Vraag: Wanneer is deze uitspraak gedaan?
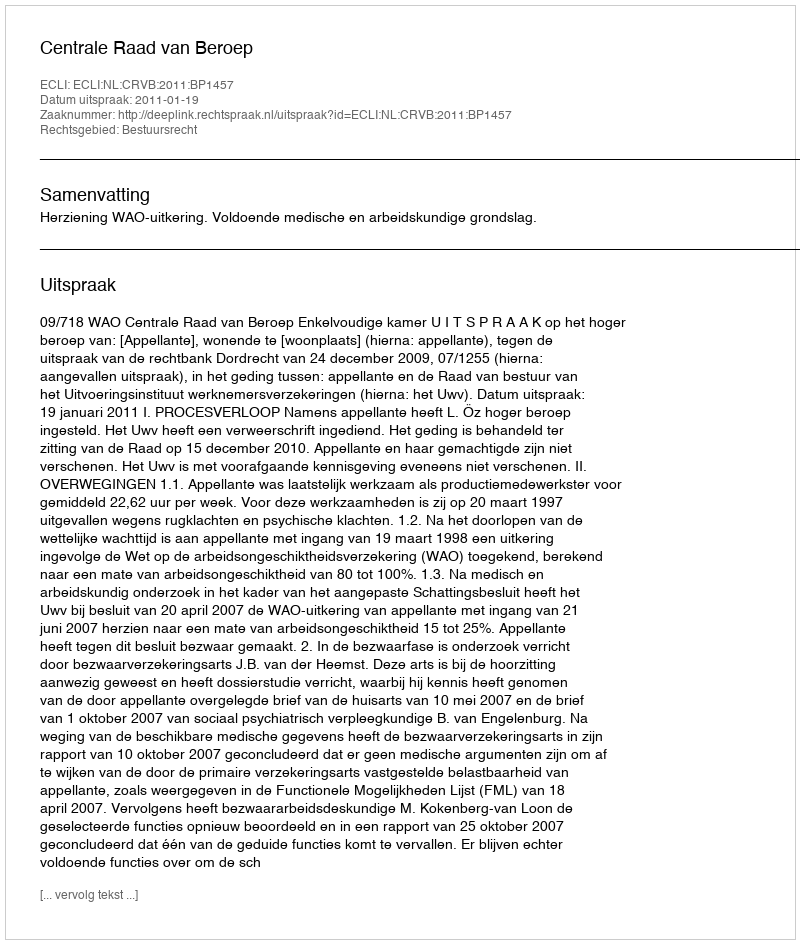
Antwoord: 2011-01-19